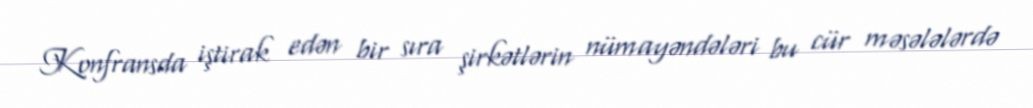
Konfransda iştirak edən bir sıra şirkətlərin nümayəndələri bu cür məsələlərdə